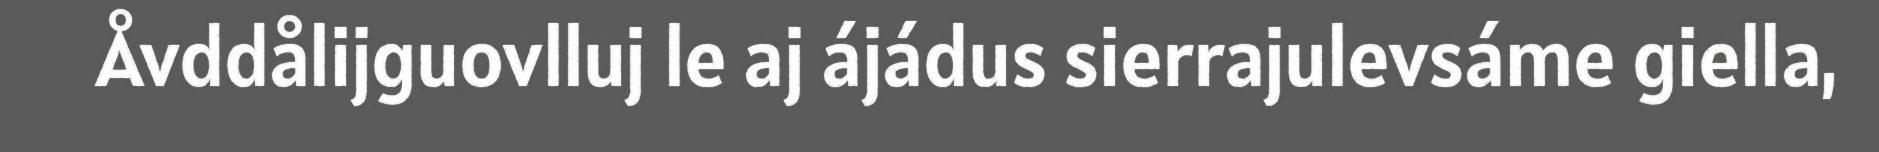
Åvddålijguovlluj le aj ájádus sierrajulevsáme giella,